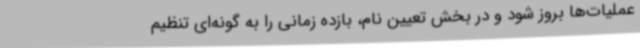
عملیات‌ها بروز شود و در بخش تعیین نام، بازده زمانی را به گونه‌ای تنظیم